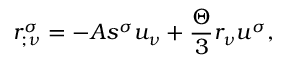
r _ { ; \nu } ^ { \sigma } = - A s ^ { \sigma } u _ { \nu } + \frac { \Theta } { 3 } r _ { \nu } u ^ { \sigma } ,